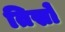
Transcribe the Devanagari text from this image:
तिस्रो